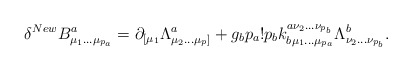
\begin{align*}\delta^{New}B^a_{\mu_1\ldots\mu_{p_a}}=\partial_{[\mu_1}\Lambda^a_{\mu_2\ldots\mu_p ]} +g_bp_a!p_bk_{b\mu_1\ldots\mu_{p_a}}^{a\nu_2 \ldots\nu_{p_b}}\Lambda^b_{\nu_2\ldots\nu_{p_b}}.\end{align*}